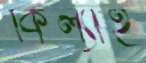
কিল্যাই